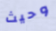
وحيث